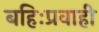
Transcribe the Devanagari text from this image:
बहिःप्रवाही